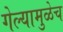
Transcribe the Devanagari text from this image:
गेल्यामुळेच